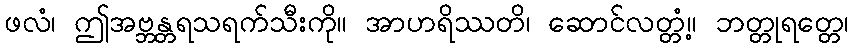
ဖလံ၊ ဤအဗ္ဘန္တရသရက်သီးကို။ အာဟရိဿတိ၊ ဆောင်လတ္တံ့။ ဘတ္တုရတ္တေ၊